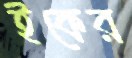
ইকের